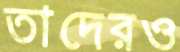
তাদেরও